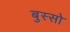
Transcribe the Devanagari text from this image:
बुस्सो